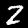
Label: 2